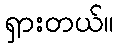
ရှားတယ်။